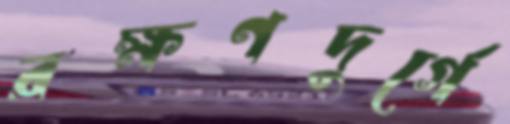
রক্ষণদুর্গে